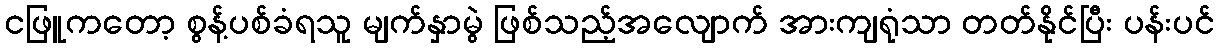
ငဖြူကတော့ စွန့်ပစ်ခံရသူ မျက်နှာမွဲ ဖြစ်သည့်အလျောက် အားကျရုံသာ တတ်နိုင်ပြီး ပန်းပင်